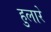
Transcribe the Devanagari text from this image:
हुलारे